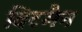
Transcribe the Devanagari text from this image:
विटमैन